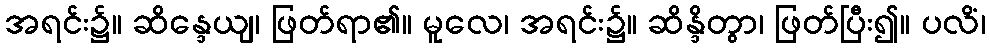
အရင်း၌။ ဆိန္ဒေယျ၊ ဖြတ်ရာ၏။ မူလေ၊ အရင်း၌။ ဆိန္ဒိတွာ၊ ဖြတ်ပြီး၍။ ပလိံ၊